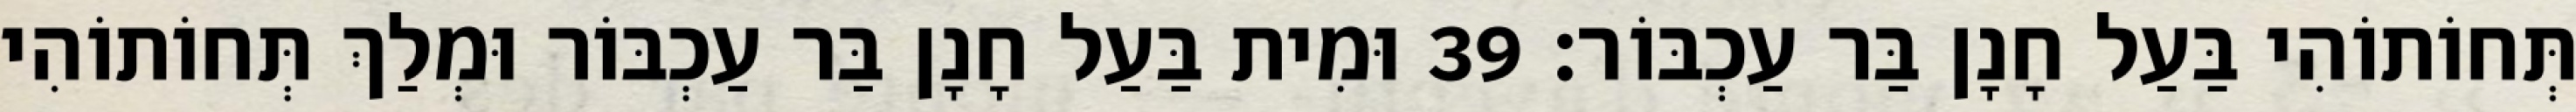
תְּחוֹתוֹהִי בַּעַל חָנָן בַּר עַכְבּוֹר׃ 39 וּמִית בַּעַל חָנָן בַּר עַכְבּוֹר וּמְלַךְ תְּחוֹתוֹהִי